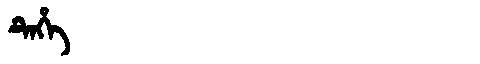
Manchu: ᡨᡝᡥᡝ
Romanization: TEHE